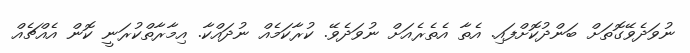
ނުވަދެވޭގޮތަށް ބަންދުކޮށްފައި. އެތާ އެތެރެއަށް ނުވަދެވޭ. ކުރާކަމެއް ނުދައްކާ. އިމާރާތްކުރަނީ ކޮން އެއްޗެއް